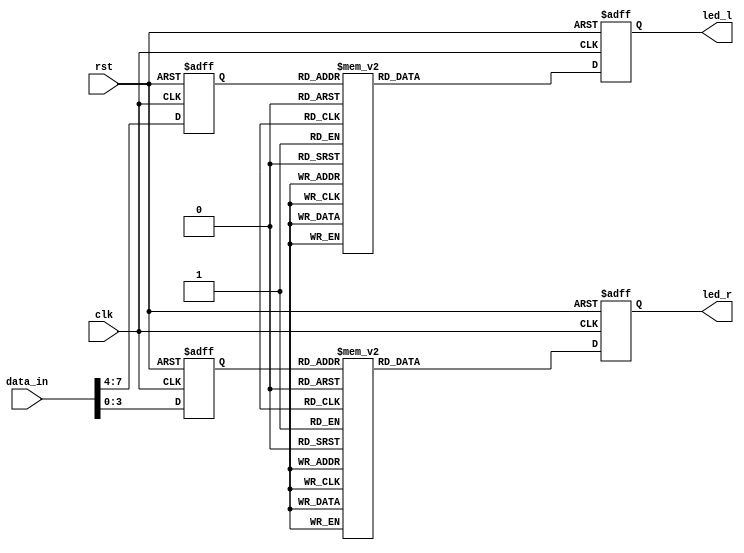
`timescale 1ns / 1ps
//////////////////////////////////////////////////////////////////////////////////
// Company: 
// Engineer: 
// 
// Design Name: 
// Module Name:    from_adc 
// Project Name: 
// Target Devices: 
// Tool versions: 
// Description: 
//
// Dependencies: 
//
// Revision: 
// Revision 0.01 - File Created
// Additional Comments: 
//
//////////////////////////////////////////////////////////////////////////////////
module from_adc(
		input [7:0] data_in,
		input clk,
		input rst,
		output [7:0] led_l,
		output [7:0] led_r
    );


		reg [3:0] data_led_l;
		reg [3:0] data_led_r;
		reg [7:0] led_l_;
		reg [7:0] led_r_;
		
		assign led_l=led_l_;
		assign led_r=led_r_;
		

		
		always@(posedge clk or posedge rst)
			begin
				if(rst)
					begin
						led_l_<=0;
						led_r_<=0;
						data_led_l<=0;
						data_led_r<=0;
					end
				else
					begin
						data_led_l[3:0]<=data_in[7:4];
						data_led_r[3:0]<=data_in[3:0];
						if(1)
							begin
								case(data_led_l)
									4'b0000: led_l_<=8'b00111111;
									4'b0001: led_l_<=8'b00000110;
									4'b0010: led_l_<=8'b01011011;
									4'b0011: led_l_<=8'b01001111;
									4'b0100: led_l_<=8'b01100110;
									4'b0101: led_l_<=8'b01101101;
									4'b0110: led_l_<=8'b01111101;
									4'b0111: led_l_<=8'b00000111;
									4'b1000: led_l_<=8'b01111111;
									4'b1001: led_l_<=8'b01101111;
									4'b1010: led_l_<=8'b01110111;
									4'b1011: led_l_<=8'b01111100;
									4'b1100: led_l_<=8'b00111001;
									4'b1101: led_l_<=8'b01011110;
									4'b1110: led_l_<=8'b01111001;
									4'b1111: led_l_<=8'b01110001;
									default:led_l_<=8'b11111111;
								endcase
								case(data_led_r)
									4'b0000: led_r_<=8'b00111111;
									4'b0001: led_r_<=8'b00000110;
									4'b0010: led_r_<=8'b01011011;
									4'b0011: led_r_<=8'b01001111;
									4'b0100: led_r_<=8'b01100110;
									4'b0101: led_r_<=8'b01101101;
									4'b0110: led_r_<=8'b01111101;
									4'b0111: led_r_<=8'b00000111;
									4'b1000: led_r_<=8'b01111111;
									4'b1001: led_r_<=8'b01101111;
									4'b1010: led_r_<=8'b01110111;
									4'b1011: led_r_<=8'b01111100;
									4'b1100: led_r_<=8'b00111001;
									4'b1101: led_r_<=8'b01011110;
									4'b1110: led_r_<=8'b01111001;
									4'b1111: led_r_<=8'b01110001;
									default:led_r_<=8'b11111111;
								endcase
							end
					end
			end
						
						
						
						
endmodule